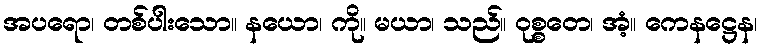
အပရော၊ တစ်ပါးသော။ နယော၊ ကို။ မယာ၊ သည်။ ဝုစ္စတေ၊ အံ့။ ကေနဋ္ဌေန၊